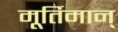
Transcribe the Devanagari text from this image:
मूर्तिमान्‌